Vital statistics of India. Vol. V, Reports of 1876 on armies & jails and on epidemic cholera
Year: 1876
Disease focus: Cholera
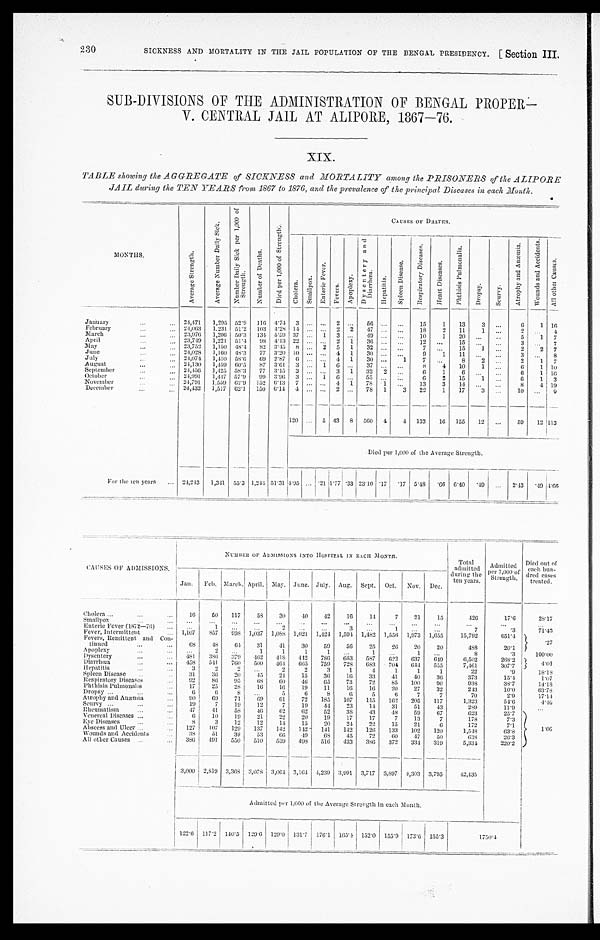
2 3 0
SICKNESS AND MORTALITY IN THE JAIL POPULATION OF THE BENGAL PRESIDENCY. [Section III.
SUB-DIVISIONS OF THE ADMINISTRATION OF BENGAL PROPER
—
V. CENTRAL JAIL AT ALIPORE, 1867—76.
XIX.
TABLE showing the AGGREGATE of SICKNESS' and MORTALITY among the PRISONERS of the ALIPORE
JAIL during the TEN YEARS from 1867 to 1876, and the prevalence of the principal Diseases in each Month.
M O N T H S .
A v e r a g e S t r e n g t h .
A v e r a g e N u m b e r D a i l y S i c k .
N u m b e r D a i l y S i c k p e r 1 , 0 0 0 o f S t r e n g t h .
N u m b e r o f D e a t h s .
D i e d p e r 1 , 0 0 0 o f S t r e n g t h .
C A U S E S O F D E A T H S .
Ch o l e r a .
S ma l l p o x .
E n t e r i c F e v e r .
Fe ve r s .
A p o p l e x y .
D y s e n t e r y a n d D i a r r h œ a .
H e p a t i t i s .
S p l e e n D i s e a s e .
R e s p i r a t o r y D i s e a s e s .
H e a r t D i s e a s e s .
P h t h i s i s P u l m o n a l i s .
Dr o p s y .
S c u r v y .
A t r o p h y a n d A n æ m i a .
W o u n d s a n d A c c i d e n t s .
A l l o t h e r C a u s e s .
January
24,471 1,295 52.9 116 4.74 3 ...
. . . 2 ...
56 ...
. . . 15
1
13
3
. . .
6
1 16
February
2 4 , 0 6 3 1,231 51.2 103 4.28 14 ... ... 2 2
47
. . . ... 18
2
11
1
. . .
2
. . . 4
March
23,976 1,206 50.3 134 5.59
3 7 ... 1 3 ... 49
. . . ...
10
1
20
. . . . . .
5
1 7
April
23,749 1,221 51.4
9 8 4.13 22 ...
. . . 2 1
36 ...
..
12 ...
15
. . .
. . .
3 ...
7
May
2 3 , 7 5 2 1,150 48.4 82 3.45 8 ... 2 5 1
32 ...
...
7
. . . 15
1
. . .
2
2 7
June
24,028 1,160 48.3
77 3.20 10 ... ... 4 1
30 ...
. . .
9
1
11
. . .
. . .
3 ...
8
July
24,074 1,410 58.6
69 2.87 6 ...
. . . 4 1
30 ...
1
7
. . . 8
2 ...
2
1 7
August
24,130 1,459 60.5
87 3.61 3 ... 1
6 ...
37 ...
. . .
8
4
10
1
. . .
6
1 10
September
24,456 1,425 58.3
77 3.15 3 ...
. . . 3 1
32 2
...
6
1
6
. . .
. . .
6
1 16
Oct ober 24,991 1,447 57.9
99 3.96 3 ... 1 6 ... 55 ... ...
6
2
15
1 ...
6
1 3
November
24,791 1,559 62.9 152 6.13 7 ... ... 4 1
78 1
. . . 13
3
14
. . .
. . .
8
4 19
December
24,432 1,517 62.1 150 6.14
4 ...
... 2 ...
78 1
3
22
1
17
3
. . .
10 ...
9
120 ... 5 43 8 560 4
4 133
16 155
12 ...
59
12 113
Died per 1,000 of the Average Strength.
For the ten years
24,243 1,341 55.3 1,244 51.31 4.95 ... .21 1.77 .33 23.10 .17
. 1 7 5.48 .66 6.40 .49
. . . 2.43
. 49 4 . 6 6
CAUSES OF ADMISSIONS.
NUMBER OF ADMISSIONS INTO HOSPITAL IN EACH MONTH. Total
admitted
during the
ten years.
Admi t t ed per 1, 000 of St r engt h.
Died Out of
each hun-
dred cases
treated.
Jan. Feb. March. April. May. June. July. Aug. Sept. Oct. Nov. Dec.
Cholera
16
50
117
58
30
40
42
16
14
7
21
15
426
1 7 . 6
28.17
Smallpox
. . .
. . .
. . . ...
...
...
...
. . .
...
. . .
. . .
. . .
. . .
. . .
. . .
Enteric Fever (1872—76)
. . .
1
...
...
2
. . .
. . .
3 ...
1
. . . ...
7
.3
71.43
Fever, Intermittent
1,107 857
998 1,037 1,088 1,021 1,424 1,594 1,482 1,556 1,973 1,655
15,792
651.4
. 2 7
Fevers, Remittent and Con-
tinned
68
48
64
31
41
30
59
56
25
26
20
20
488
20.1
Apoplexy
. . .
2
. . .
1
1
1
1
. . .
1
. . .
1
...
8
.3
100.00
Dysentery
481
386 379 462
418 442
786
653
587
622
637
649
6,502
268.2
4 . 0 1
D i a r r h œ a
458
541
760 500
464
665
759
728
683
704
644 555
7,461
307.7
Hepatitis
3
2
2 ...
2
2
3
1
4
1
1
1
2 2
.9
18. 18
Spleen Disease
31
36
20
45
24
15
36
16
33
41
40
36
373
15.4
1 . 0 7
Respiratory Diseases
92
86
95
68
6 0 46
65
73
72
85
100
96
938
38.7
14. 18
Phthisis Pulmonalis
17
25
28
16
16
19
11
16
16
20
27
32
243
10.0
63.78
Dropsy
6
6
8
. . .
5
6
8
6
5
6
7
7
70
2.9
17.14
Atrophy and Anæmia
90
69
71
69
61
72
185
107
115
162
205
117
1,323
54.6
4.46
Scurvy
19
7
19
12
7
19
44
23
14
31
51
43
289
1 1 . 9
...
Rheumatism
4 7 41
58
46
62
62
52
38
43
48
59
67
623
2 5 . 7
1 . 6 6
Venereal Diseases ...
6
10
19
21
22
20
19
17
17
7
13
7
178
7 . 3
Eye Diseases
8
3
12
12
14
15
20
24
22
15
21
6
172
7 . 1
Abscess and Ulcer
127
107
129
137
142
142
141
142
126
133
102
120
1,548
6 3 . 8
Wounds and Accidents
38
11
39
53
66
49
68
45
72
60
4 7
50
638
2 6 . 3
All other Causes
386
491
550
510
539 498
516
433
386 372
334 319
5,334
2 2 0 . 2
3,000 2,819 3,368 3,078 3,064 3,164 4,239 3,991 3,717 3,897 4,303 3,795
42,435
Admitted per 1,000 of the Average Strength in each Month.
122.6 117.2 140.5 120.6 129.0 131.7 176.1 165.4 152.0 155.9 173.6 155.3
1750.4